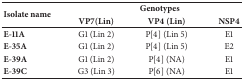
| <ROWSPAN=2> Isolate name | <COLSPAN=3> Genotypes |
 | VP7(Lin) | VP4 (Lin) | NSP4 |
 | --- | --- | --- | --- |
 | E-11A | G1 (Lin 2) | P[4] (Lin 5) | E1 |
 | E-35A | G1 (Lin 2) | P[4] (Lin 5) | E2 |
 | E-39A | G1 (Lin 2) | P[4] (NA) | E1 |
 | E-39C | G3 (Lin 3) | P[6] (NA) | E1 |